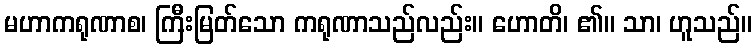
မဟာကရုဏာစ၊ ကြီးမြတ်သော ကရုဏာသည်လည်း။ ဟောတိ၊ ၏။ သာ၊ ဟူသည်။